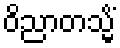
ဝိညာတသ္မိံ